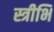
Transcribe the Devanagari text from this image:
स्त्रीभि